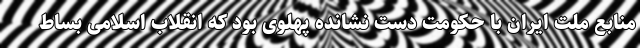
منابع ملت ایران با حکومت دست نشانده پهلوی بود که انقلاب اسلامی بساط